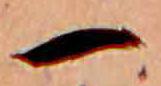
一